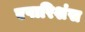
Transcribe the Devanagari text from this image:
एपारिशंस